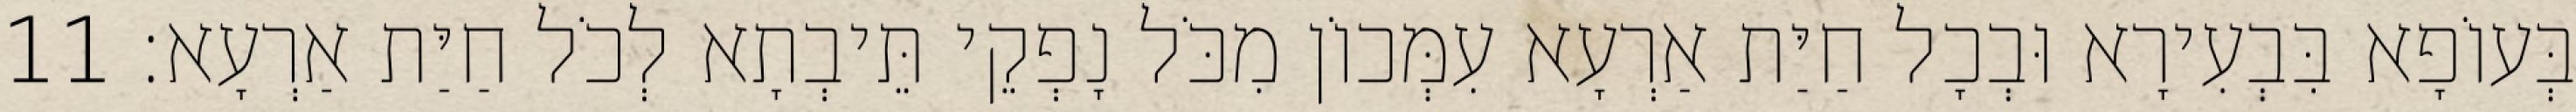
בְּעוֹפָא בִּבְעִירָא וּבְכָל חַיַּת אַרְעָא עִמְּכוֹן מִכֹּל נָפְקֵי תֵּיבְתָא לְכֹל חַיַּת אַרְעָא׃ 11